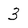
Character: 3